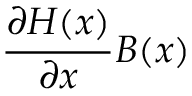
{ \frac { \partial H ( x ) } { \partial x } } B ( x )